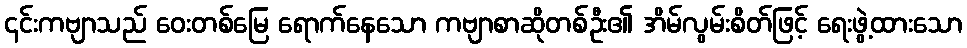
၎င်းကဗျာသည် ဝေးတစ်မြေ ရောက်နေသော ကဗျာစာဆိုတစ်ဦး၏ အိမ်လွမ်းစိတ်ဖြင့် ရေးဖွဲ့ထားသော